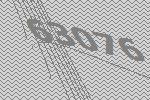
63076